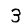
Digit: 3